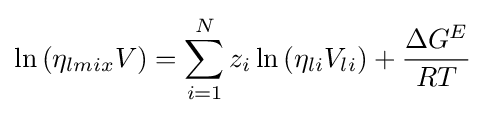
\ln \left(\eta _{lmix}V\right)=\sum _{i=1}^{N}z_{i}\ln \left(\eta _{li}V_{li}\right)+{\frac {\Delta G^{E}}{RT}}